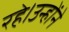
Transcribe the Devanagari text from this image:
रहे।उन्होंने